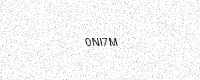
Text: 0NI7M